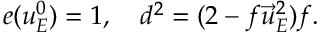
e ( u _ { E } ^ { 0 } ) = 1 , \quad d ^ { 2 } = ( 2 - f \vec { u } _ { E } ^ { 2 } ) f .